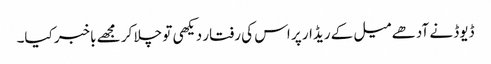
ڈیوڈ نے آدھے میل کے ریڈار پر اس کی رفتار دیکھی تو چلا کر مجھے باخبر کیا۔